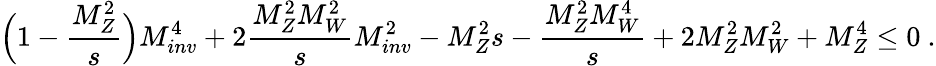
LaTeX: \Big(1-\frac{M_{Z}^{2}}{s}\Big)M_{inv}^{4}+2\frac{M_{Z}^{2}M_{W}^{2}}{s}M_{inv}^{2}-M_{Z}^{2}{s}-\frac{M_{Z}^{2}M_{W}^{4}}{s}+2M_{Z}^{2}M_{W}^{2}+M_{Z}^{4}\leq 0~.